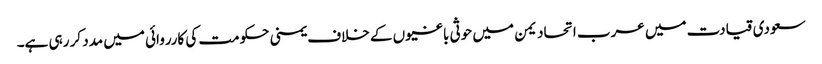
سعودی قیادت میں عرب اتحاد یمن میں حوثی باغیوں کے خلاف یمنی حکومت کی کارروائی میں مدد کر رہی ہے۔